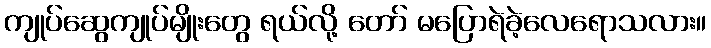
ကျုပ်ဆွေကျုပ်မျိုးတွေ ရယ်လို့ တော် မပြောရဲခဲ့လေရောသလား။